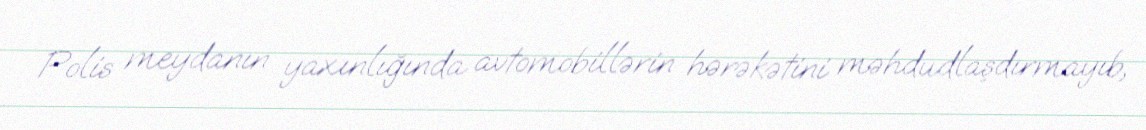
Polis meydanın yaxınlığında avtomobillərin hərəkətini məhdudlaşdırmayıb,